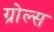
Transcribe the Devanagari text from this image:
ग्रोल्स